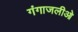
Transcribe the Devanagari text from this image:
गंगाजलीओ